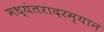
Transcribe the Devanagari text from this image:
मध्यंतरादरम्यान